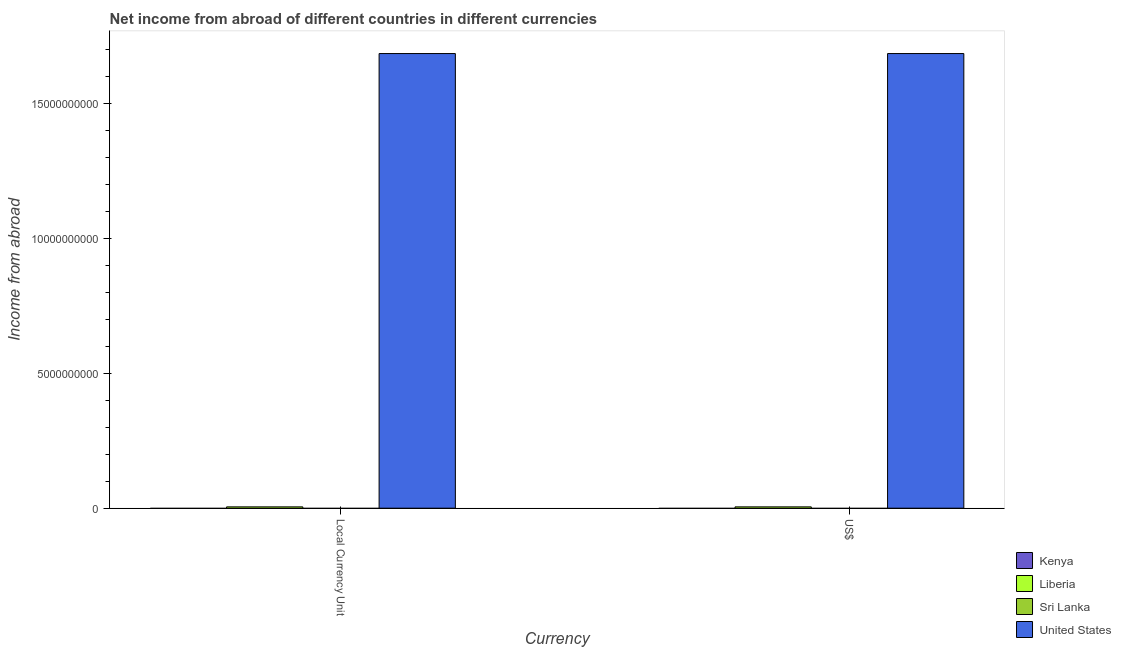
| Currency | Kenya | Liberia | Sri Lanka | United States |
 | --- | --- | --- | --- | --- |
 | Local Currency Unit | -1.19e+09 | 4.92e+07 | -2.82e+08 | 1.68e+10 |
 | US$ | -1.42e+08 | 4.92e+07 | -3.35e+07 | 1.68e+10 |